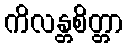
ကိလန္တစိတ္တာ